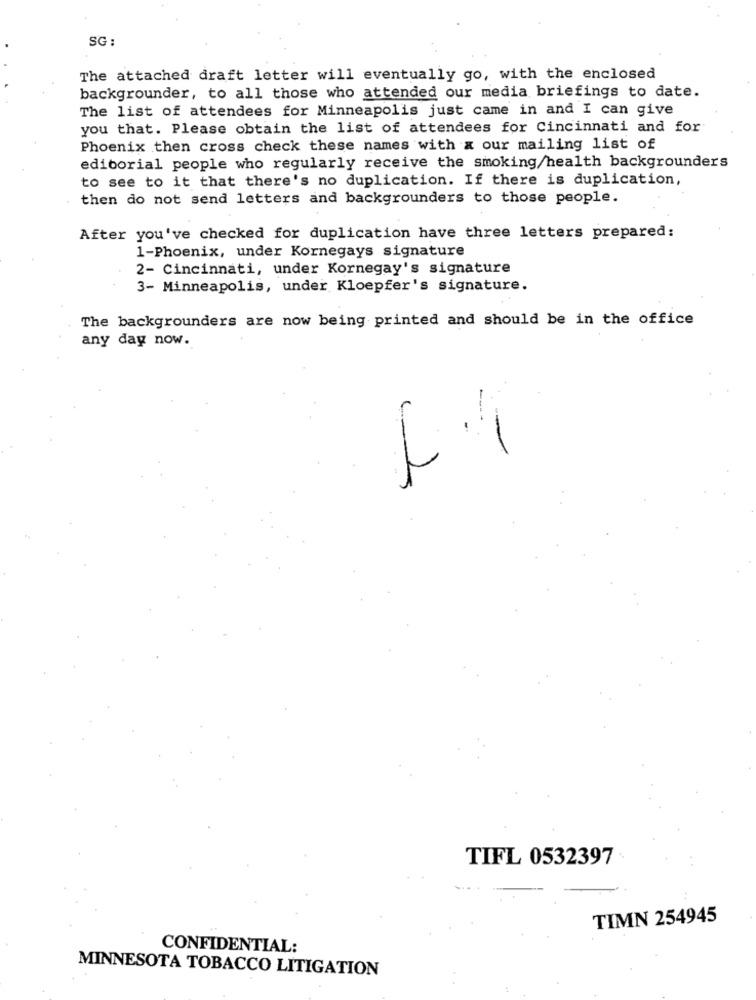
SG :
The attached draft letter will eventually go, with the enclosed
backgrounder, to all those who attended our media briefings to date.
The list of attendees for Minneapolis just came in and I can give
you that. Please obtain the list of attendees for Cincinnati and for
Phoenix then cross check these names with x our mailing list of
editorial people who regularly receive the smoking/health backgrounders
to see to it that there's no duplication. If there is duplication,
then do not send letters and backgrounders to those people.
After you've checked for duplication have three letters prepared:
1-Phoenix, under Kornegays signature
2- Cincinnati, under Kornegay's signature
3- Minneapolis, under Kloepfer's signature.
The backgrounders are now being printed and should be in the office
any day now.
L.4
TIFL 0532397
TIMN 254945
CONFIDENTIAL:
MINNESOTA TOBACCO LITIGATION